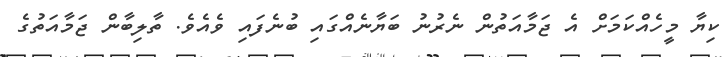
ކިޔާ މީހެއްކަމަށް އެ ޖަމާއަތުން ނެރުނު ބަޔާނެއްގައި ބުނެފައި ވެއެވެ. ތާލިބާން ޖަމާއަތުގެ